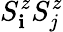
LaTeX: S_{\mathbf{i}}^{z}S_{j}^{z}